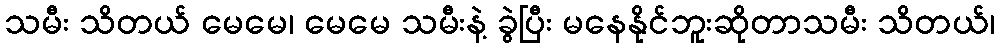
သမီး သိတယ် မေမေ၊ မေမေ သမီးနဲ့ ခွဲပြီး မနေနိုင်ဘူးဆိုတာသမီး သိတယ်၊